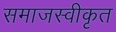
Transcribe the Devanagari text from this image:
समाजस्वीकृत